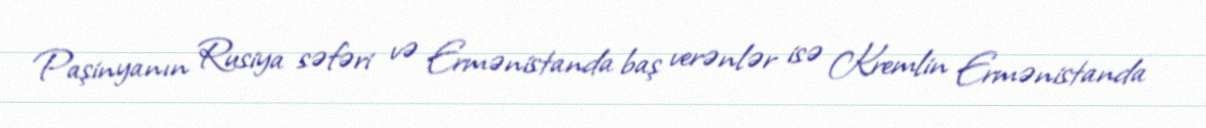
Paşinyanın Rusiya səfəri və Ermənistanda baş verənlər isə Kremlin Ermənistanda